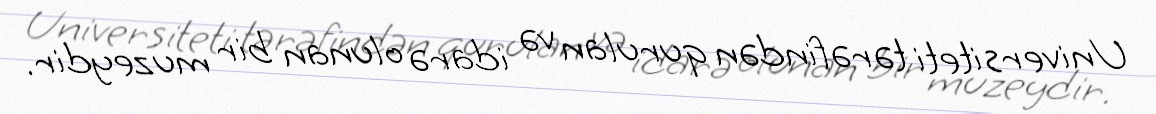
Universiteti tərəfindən qurulan və idarə olunan bir muzeydir.